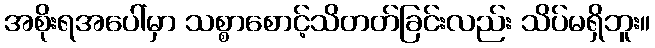
အစိုးရအပေါ်မှာ သစ္စာစောင့်သိတတ်ခြင်းလည်း သိပ်မရှိဘူး။